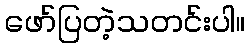
ဖော်ပြတဲ့သတင်းပါ။